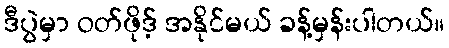
ဒီပွဲမှာ ဝတ်ဖိုဒ့် အနိုင်မယ် ခန့်မှန်းပါတယ်။